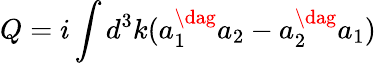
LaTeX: Q=i\int d^{3}k(a_{1}^{\dag}a_{2}-a_{2}^{\dag}a_{1})